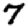
Digit: 7